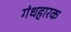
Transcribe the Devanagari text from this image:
गंधहारक